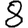
Digit: 8